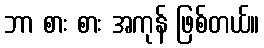
ဘာ စား စား အကုန် ဖြစ်တယ်။